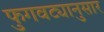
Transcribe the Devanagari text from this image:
फुगवट्यानुसार